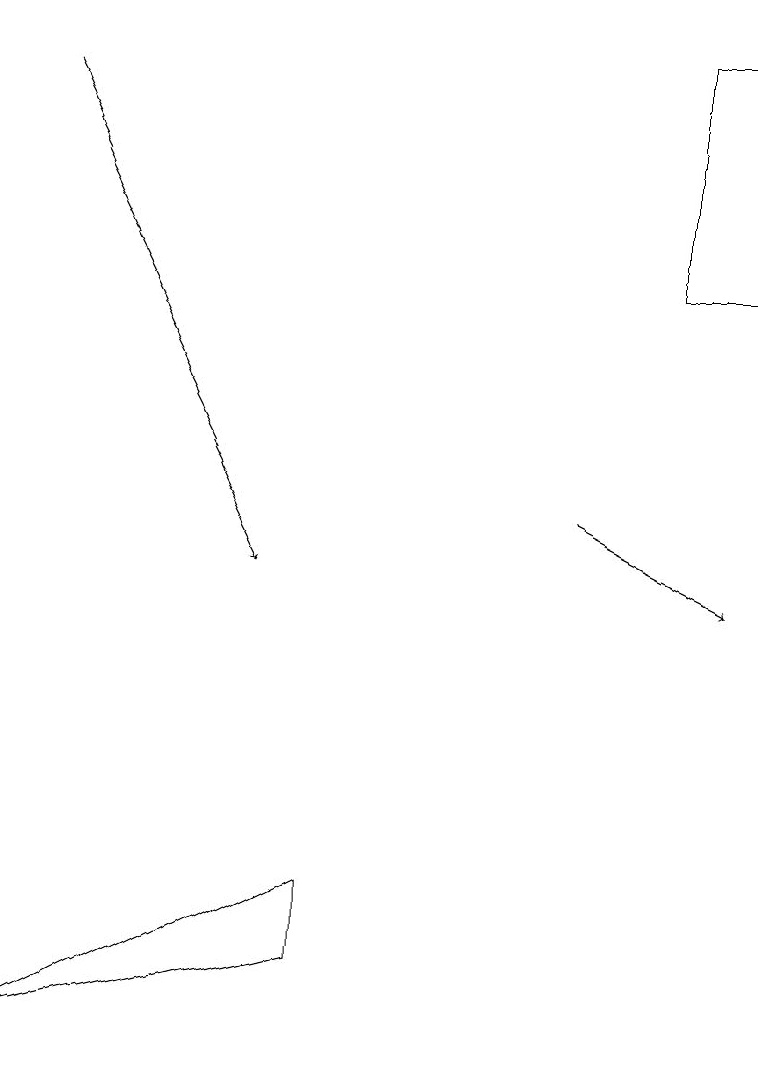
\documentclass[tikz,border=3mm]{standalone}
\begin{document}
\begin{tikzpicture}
\draw (4,7) -- (4,8) -- (0,6) -- cycle;
\draw[->] (7,13) -- (9,12);
\draw[->] (0,18) -- (3,12);
\draw (9,19) rectangle (8,16);
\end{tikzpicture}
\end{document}